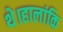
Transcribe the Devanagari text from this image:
थे।हालांकि